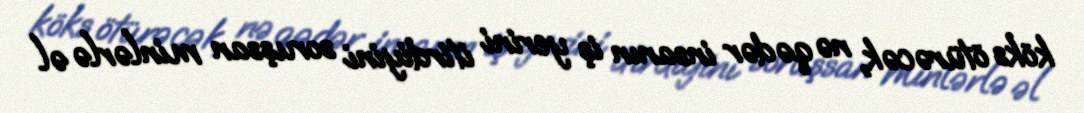
köks ötürəcək, nə qədər insanın iş yerini itirdiyini soruşsan minlərlə əl